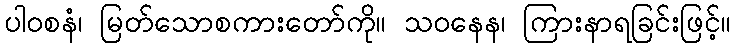
ပါဝစနံ၊ မြတ်သောစကားတော်ကို။ သဝနေန၊ ကြားနာရခြင်းဖြင့်။